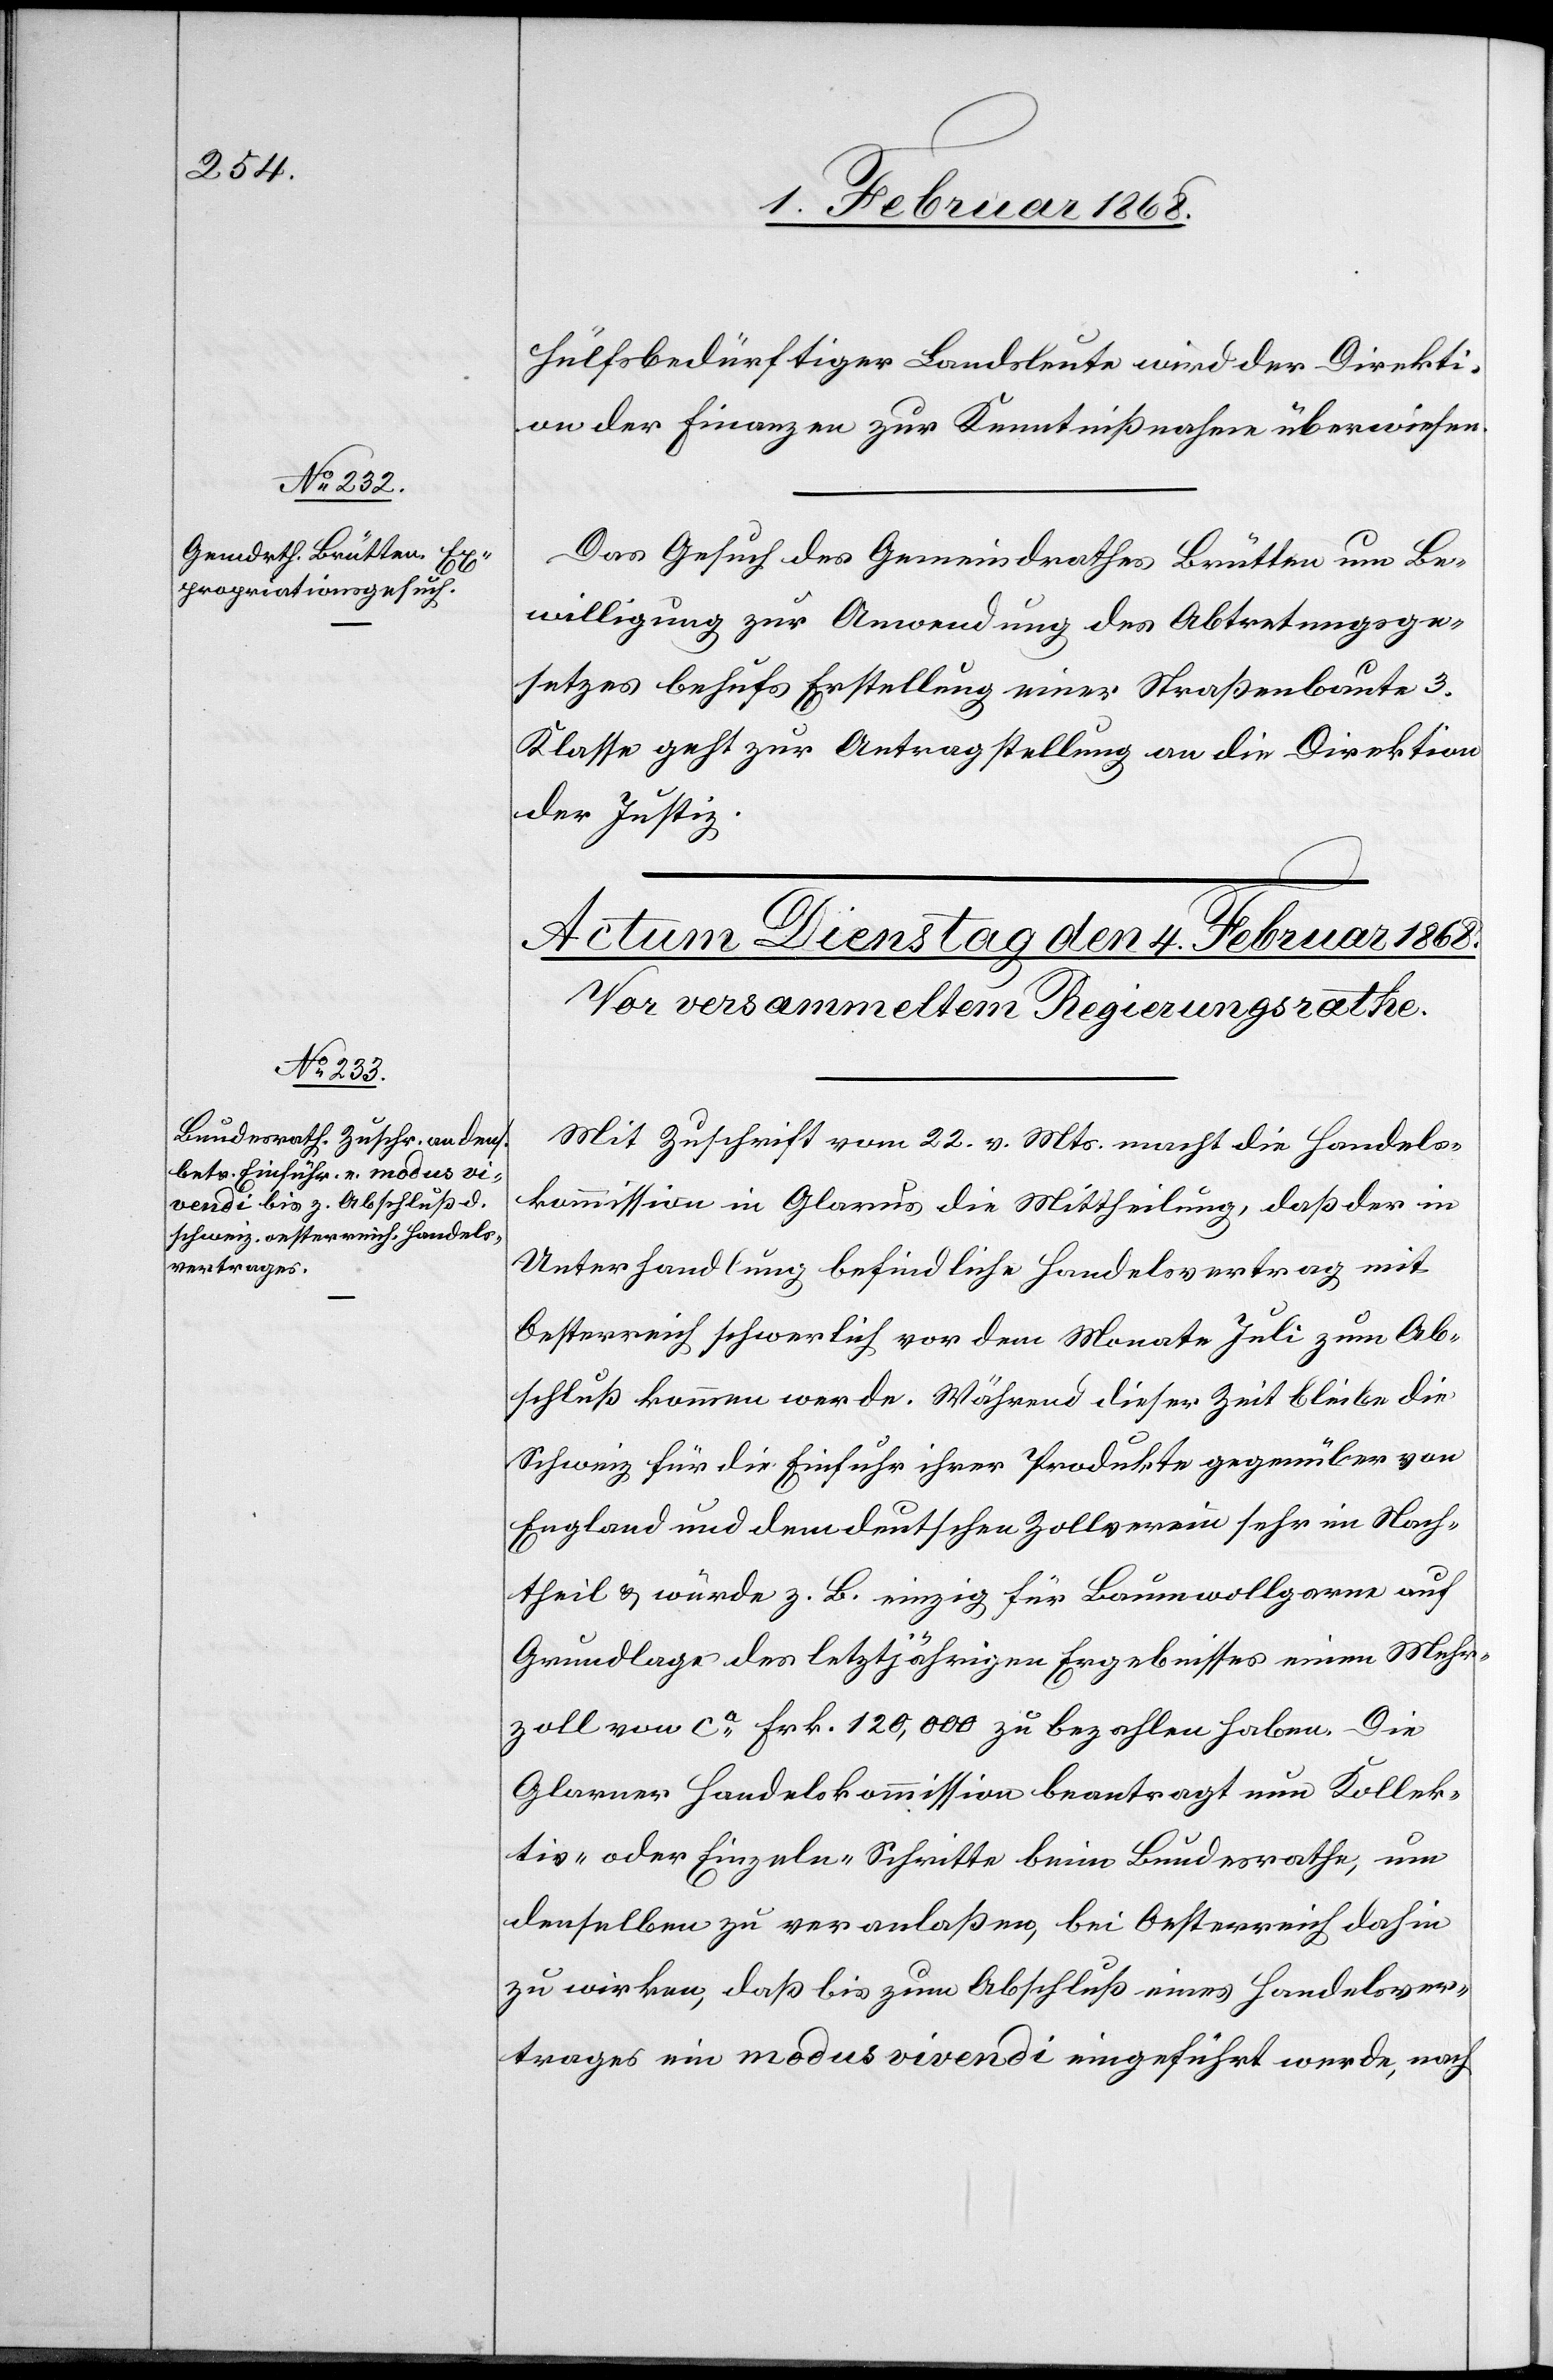
3. Februar 1868.]
hülfsbedürftiger Landsleute wird der Direkti¬
on der Finanzen zur Kenntnißnahme überwiesen.
Das Gesuch des Gemeindrathes Brütten um Be¬
willigung zur Anwendung des Abtretungsge¬
setzes behufs Erstellung einer Straßenbaute 3.
Klasse geht zur Antragstellung an die Direktion
der Justiz.
Mit Zuschrift vom 22. v. Mts. macht die Handels¬
kommission in Glarus die Mittheilung, daß der in
Unterhandlung befindliche Handelsvertrag mit
Oesterreich schwerlich vor dem Monate Juli zum Ab¬
schluß kommen werde. Während dieser Zeit bleibe die
Schweiz für die Einfuhr ihrer Produkte gegenüber von
England und dem deutschen Zollverein sehr im Nach¬
theil & würde z. B. einzig für Baumwollgarne auf
Grundlage des letztjährigen Ergebnisses einen Mehr¬
zoll von ca. Frk. 120,000 zu bezahlen haben. Die
Glarner Handelskommission beantragt nun Kollek¬
tiv- oder Einzeln-Schritte beim Bundesrathe, um
denselben zu veranlaßen, bei Oesterreich dahin
zu wirken, daß bis zum Abschluß eines Handelsver¬
trages ein modus vivendi eingeführt werde, nach